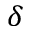
\delta